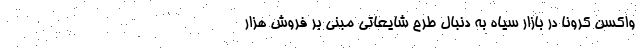
واکسن کرونا در بازار سیاه به دنبال طرح شایعاتی مبنی بر فروش هزار